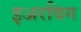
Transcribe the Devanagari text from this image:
इअरविग